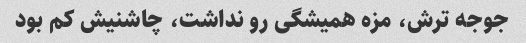
جوجه ترش، مزه همیشگی رو نداشت، چاشنیش کم بود